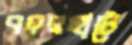
বদরহাটে